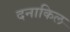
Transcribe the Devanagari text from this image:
दनाकिल